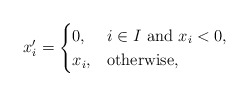
\begin{align*}x'_i=\begin{cases}0, & i\in I~ \mbox{and}~ x_i<0,\\x_i, & \mbox{otherwise},\end{cases}\end{align*}